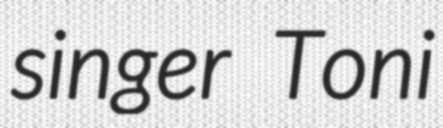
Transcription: singer Toni